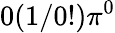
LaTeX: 0(1/0!)\pi^{0}